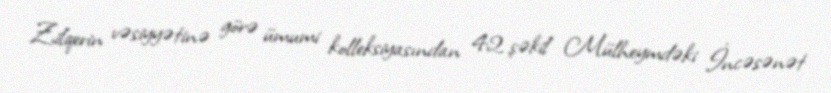
Zilqerin vəsiyyətinə görə ümumi kolleksiyasından 42 şəkil Mülheymdəki İncəsənət